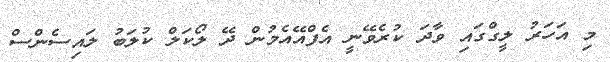
މި އަހަރު ލީގްގައި ވާދަ ކުރެވޭނީ އެފްއޭއެމުން ދޭ ލޯކަލް ކުލަބު ލައިސެންސް